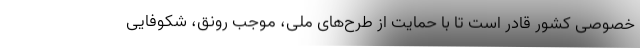
خصوصی کشور قادر است تا با حمایت از طرح‌های ملی، موجب رونق، شکوفایی